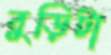
বুড়িটা